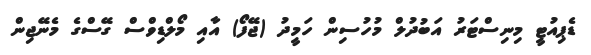
ޑެޕިއުޓީ މިނިސްޓަރު އަބުދުލް މުހުސިން ހަމީދު (ޖޭފޯ) އާއި މޯލްޑިވްސް ގޭސްގެ މެނޭޖިން